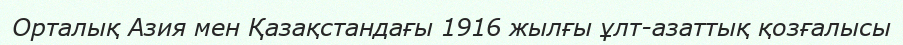
Орталық Азия мен Қазақстандағы 1916 жылғы ұлт-азаттық қозғалысы